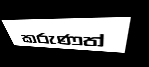
කරුණත්